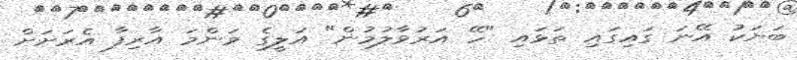
ބަޔަކު އޭނަ ގައިގައި ތަޅައި "ހޭ އަރުވާލުމުން" އަލީގެ މަންމަ އާރިފާ އެރަށަށް